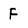
Character: f